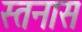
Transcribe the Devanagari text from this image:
स्तनास